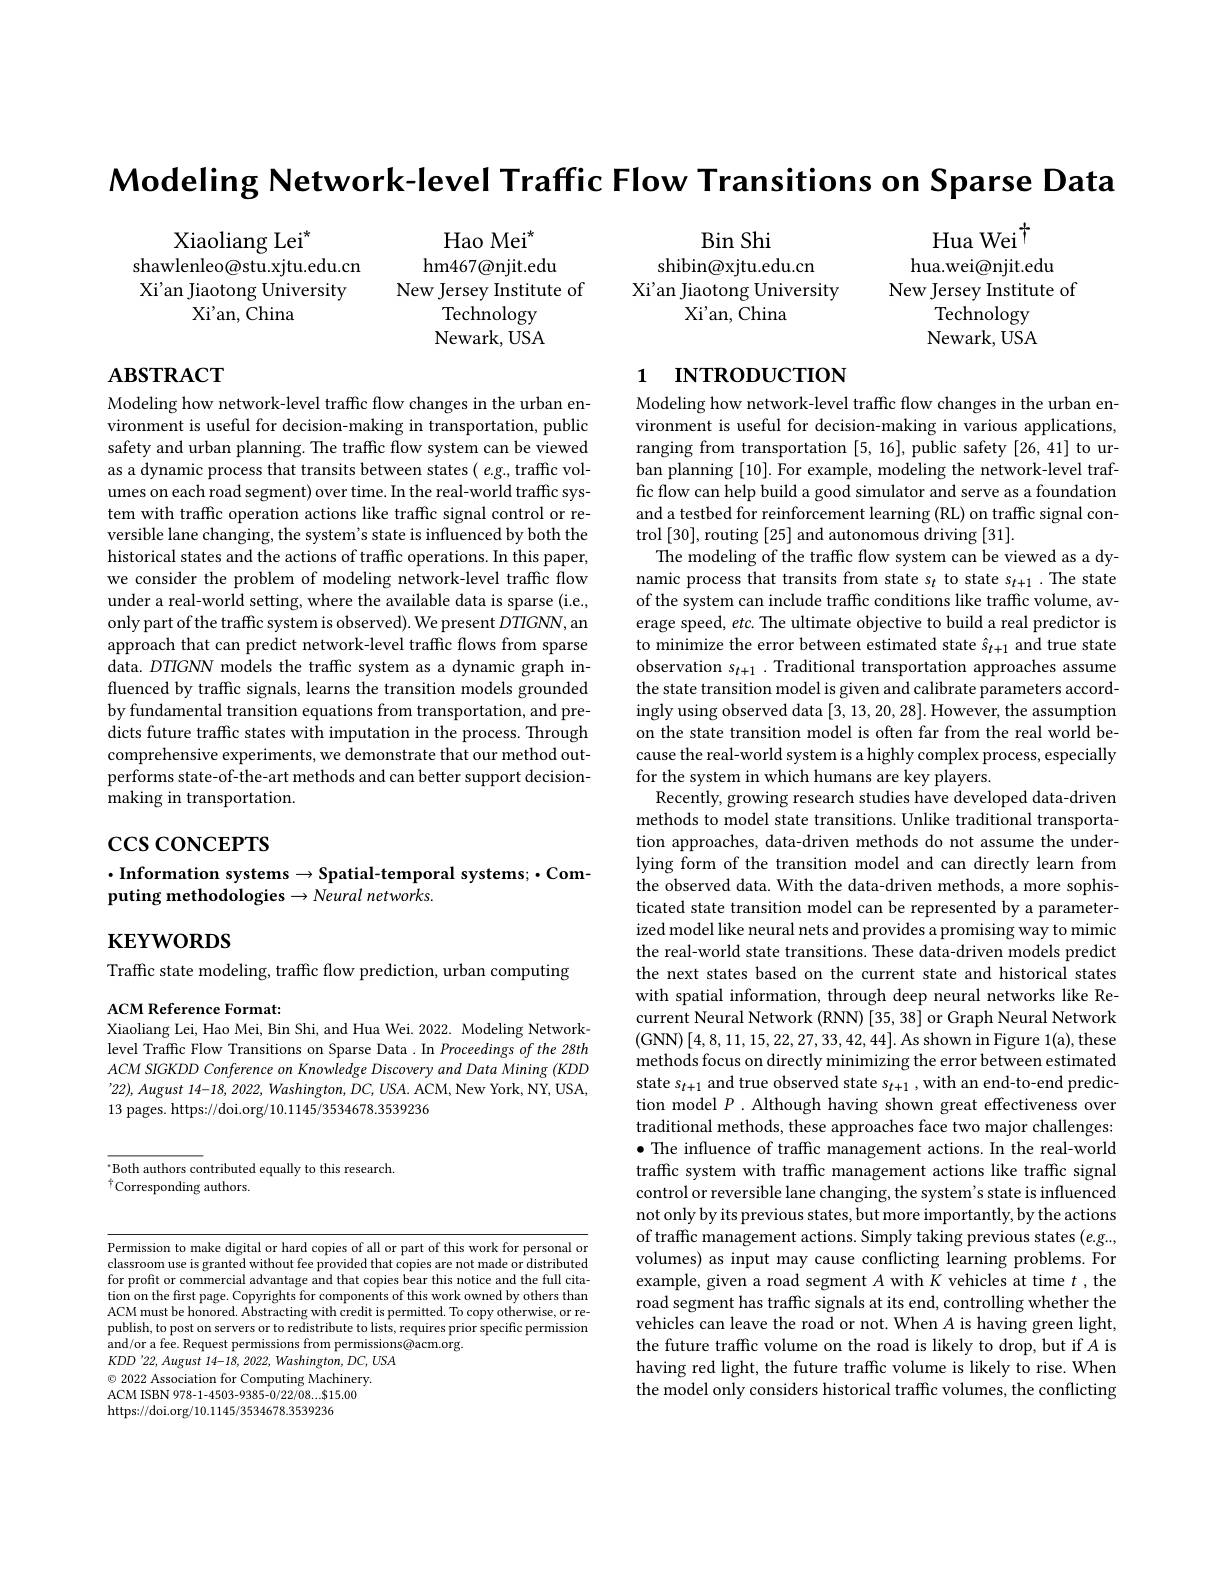
$\textbf{Modeling Network- level Traffic Flow Transitions on Sparse Data}$

Xiaoliang Lei$^{*}$
shawlenleo@stu.xjtu.edu.cn Xi'an Jiaotong University
Xi'an, China

Bin Shi
shibin@xjtu.edu.cn
Xi'an Jiaotong University
Xi'an, China

Hao Mei$^{\star}$
hm467@ njit. edu
New Jersey Institute of
Technology Newark, USA

Hua Wei $^{\dagger}$
hua.wei@njit.edu
New Jersey Institute of
Technology Newark, USA

# $\mathbf{ABSTRACT}$

## 1 INTRODUCTION

Modeling how network-level traffic flow changes in the urban environment is useful for decision-making in transportation, public safety and urban planning. The traffic flow system can be viewed as a dynamic process that transits between states( e.g., traffic volumes on each road segment) over time. In the real-world traffic system with traffic operation actions like traffic signal control or reversible lane changing, the system's state is influenced by both the historical states and the actions of traffic operations. In this paper, we consider the problem of modeling network-level traffic flow under a real-world setting, where the available data is sparse (i.e., only part of the traffic system is observed). We present $DTIGN$,an approach that can predict network-level traffic flows from sparse data. DTIGNN models the traffic system as a dynamic graph influenced by traffic signals, learns the transition models grounded by fundamental transition equations from transportation, and predicts future traffic states with imputation in the process. Through comprehensive experiments, we demonstrate that our method outperforms state-of-the-art methods and can better support decisionmaking in transportation.

# $\csc$coNCEPTS

## $\cdot$Information systems$\to$Spatial-temporal systems;$\cdot$Computing methodologies $\to Neural$ networks.

Modeling how network-level traffic flow changes in the urban environment is useful for decision-making in various applications, ranging from transportation [5,16], public safety [26,41] to urban planning [10]. For example, modeling the network-level traffic flow can help build a good simulator and serve as a foundation and a testbed for reinforcement learning (RL) on traffic signal control [30],routing [25] and autonomous driving [31].
The modeling of the traffic flow system can be viewed as a dynamic process that transits from state s$_t$ to state s$_t+1.$ The state of the system can include traffic conditions like traffic volume, average speed, etc. The ultimate objective to build a real predictor is to minimize the error between estimated state $\hat{s}_t+1$ and true state observation $s_t+1.$ Traditional transportation approaches assume the state transition model is given and calibrate parameters accordingly using observed data [3,13,20,28]. However, the assumption on the state transition model is often far from the real world because the real-world system is a highly complex process, especially for the system in which humans are key players.
Recently, growing research studies have developed data-driven methods to model state transitions. Unlike traditional transportation approaches, data-driven methods do not assume the underlying form of the transition model and can directly learn from the observed data. With the data-driven methods, a more sophisticated state transition model can be represented by a parameterized model like neural nets and provides a promising way to mimic the real-world state transitions. These data-driven models predict the next states based on the current state and historical states with spatial information, through deep neural networks like Recurrent Neural Network (RNN) [35, 38] or Graph Neural Network (GNN$)\left[4,8,11,15,22,27,33,42,44\right].$As shown in Figure 1(a),these methods focus on directly minimizing the error between estimated state $s_t+1$ and true observed state $s_t+1$,with an end-to-end prediction model $P$ .Although having shown great effectiveness over traditional methods, these approaches face two major challenges: $\bullet$ The influence of traffic management actions. In the real-world traffic system with traffic management actions like traffic signal control or reversible lane changing, the system's state is influenced not only by its previous states, but more importantly, by the actions of traffic management actions. Simply taking previous states (e.g.., volumes) as input may cause conflicting learning problems. For example, given a road segment $A$ with $K$ vehicles at time $t$,the road segment has traffic signals at its end, controlling whether the vehicles can leave the road or not. When $A$ is having green light, the future traffc volume on the road is likely to drop, but if $A$ is having red light, the future traffc volume is likely to rise. When the model only considers historical traffic volumes, the conflicting

$\mathbf{KEYWORDS}$

Traffic state modeling, traffic flow prediction, urban computing

ACM Reference Format:
Xiaoliang Lei, Hao Mei, Bin Shi, and Hua Wei. 2022. Modeling Networklevel Traffic Flow Transitions on Sparse Data. In Proceedings of the 28th $ACMSIGKDD$ Conference on Knowledge Discovery and Data Mining (KDD $'22),August~14-18,~2022,~Washington,~DC,~USA.~ACM,~New~York,~NY,~USA$, 13 pages. https://doi.org/10.1145/3534678.3539236

$^{\cdot}$Both authors contributed equally to this research
$^{\dagger}$Corresponding authors.

Permission to make digital or hard copies of all or part of this work for personal or classroom use is granted without fee provided that copies are not made or distributed for profit or commercial advantage and that copies bear this notice and the full citation on the first page. Copyrights for components of this work owned by others than ACM must be honored. Abstracting with credit is permitted. To copy otherwise, or republish, to post on servers or to redistribute to lists, requires prior specific permission and/or a fee. Request permissions from permissions@acm.org.
$KDD'22,August~14-18,~2022,~Washington,~DC,~USA$
$\odot$ 2022 Association for Computing Machinery. ACM ISBN 978-1-4503-9385-0/22/08....815.00 https://doi.org/10.1145/3534678.3539236